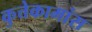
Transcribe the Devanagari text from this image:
कुत्तेकामांस